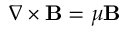
\nabla \times \mathbf { B } = \mu \mathbf { B }